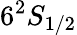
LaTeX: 6^{2}S_{1/2}